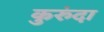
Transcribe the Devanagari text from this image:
कुरुंदा